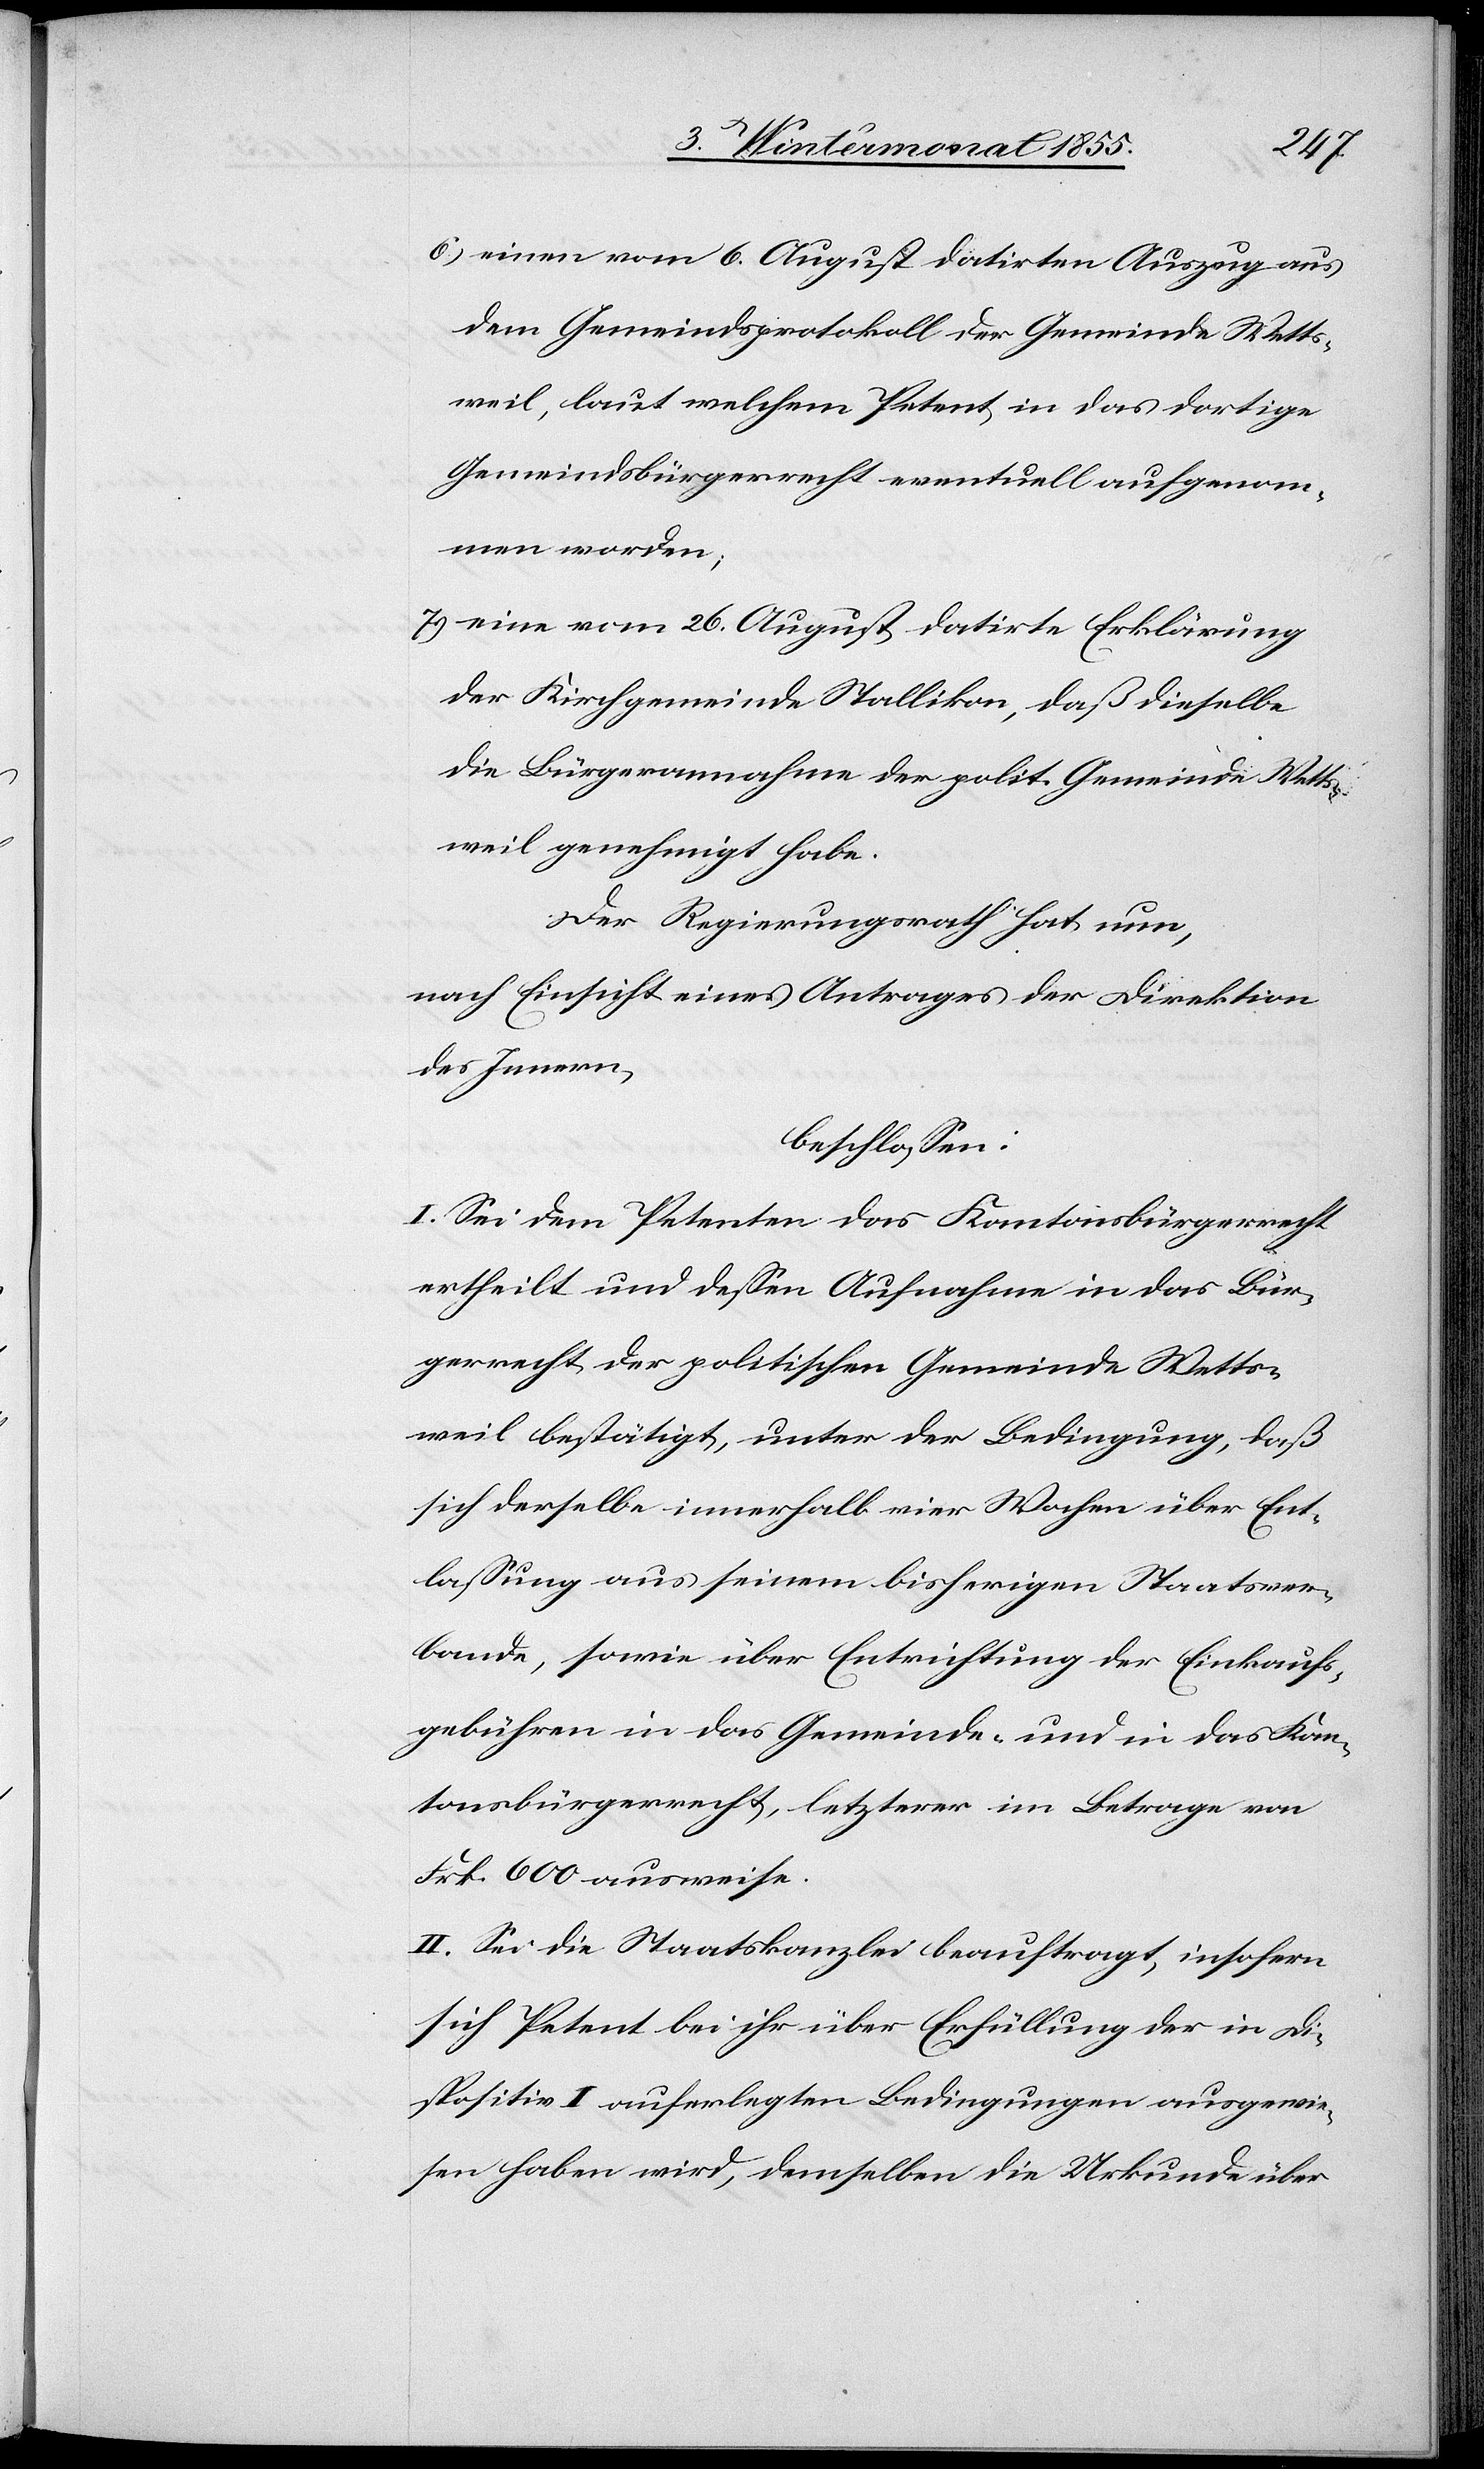
6.)
einen vom 6. August datirten Auszug aus
dem Gemeindsprotokoll der Gemeinde Wetts¬
weil, laut welchem Petent in das dortige
Gemeindsbürgerrecht eventuell aufgenom¬
men worden;
eine vom 26. August datirte Erklärung
der Kirchgemeinde Stallikon, daß dieselbe
die Bürgerannahme der polit. Gemeinde Wetts¬
weil genehmigt habe.
Der Regierungsrath hat nun,
nach Einsicht eines Antrages der Direktion
des Innern,
beschlossen:
I. Sei dem Petenten das Kantonsbürgerrecht
ertheilt und dessen Aufnahme in das Bür¬
gerrecht der politischen Gemeinde Wetts¬
weil bestätigt, unter der Bedingung, daß
sich derselbe innerhalb vier Wochen über Ent¬
lassung aus seinem bisherigen Staatsver¬
bande, sowie über Entrichtung der Einkaufs¬
gebühren in das Gemeinde- und in das Kan¬
tonsbürgerrecht, letzterer im Betrage von
Frk. 600 ausweise.
II. Sei die Staatskanzlei beauftragt, insofern
sich Petent bei ihr über Erfüllung der in Di¬
spositiv I auferlegten Bedingungen ausgewie¬
sen haben wird, demselben die Urkunde über